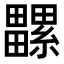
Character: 𤳻